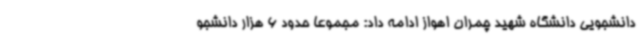
دانشجویی دانشگاه شهید چمران اهواز ادامه داد: مجموعا حدود 6 هزار دانشجو